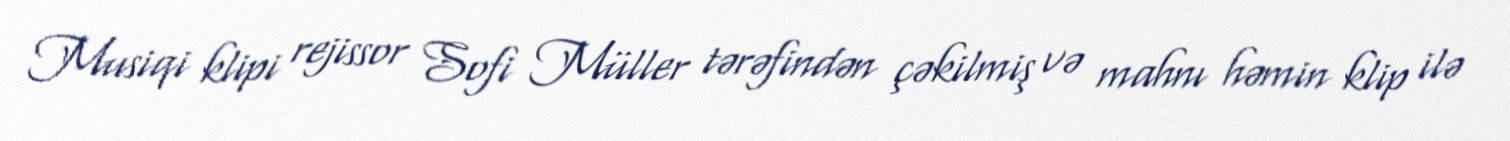
Musiqi klipi rejissor Sofi Müller tərəfindən çəkilmiş və mahnı həmin klip ilə